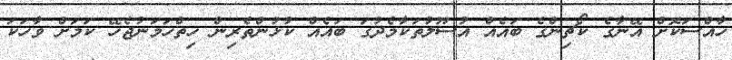
ހާއްސަކޮށް އޭނާގެ ކޯޗިންގެ ބައެއް އުސޫލުތަކާމެދުގަ ބައެއް ކުޅުންތެރިން ހިތްހަމަނުޖެހޭ ކަމަށް ވާހަކަ